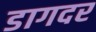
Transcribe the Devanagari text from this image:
डागदर